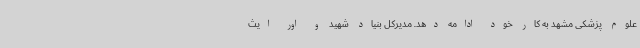
علوم پزشکی مشهد به کار خود ادامه دهد. مدیرکل بنیاد شهید و اور ایث